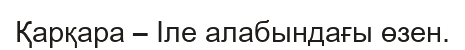
Қарқара – Іле алабындағы өзен.